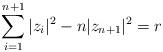
LaTeX: \begin{align*}\sum_{i = 1}^{n+1} |z_i|^2 - n |z_{n+1}|^2 = r\end{align*}